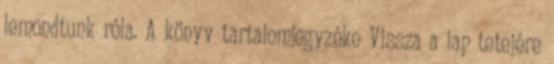
lemondtunk róla. A könyv tartalomjegyzéke Vissza a lap tetejére